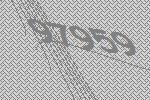
97959